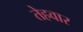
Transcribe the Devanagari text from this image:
तेहवार